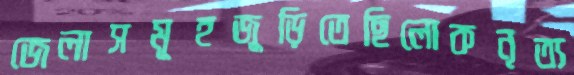
জেলাসমূহজুড়িতেছিলোকনৃত্য